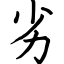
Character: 劣